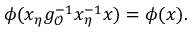
\phi ( x _ { \eta } g _ { \mathcal { O } } ^ { - 1 } x _ { \eta } ^ { - 1 } x ) = \phi ( x ) .